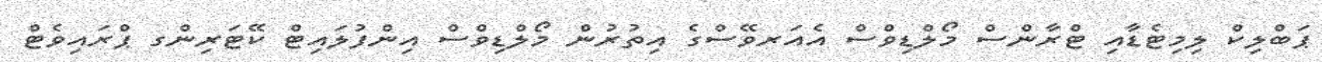
ޕަބްލިކް ލިމިޓެޑާއި ޓްރާންސް މޯލްޑިވްސް އެއަރވޭސްގެ އިތުރުން މޯލްޑިވްސް އިންފުލައިޓް ކޭޓަރިންގ ޕްރައިވެޓް